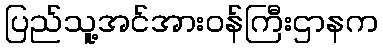
ပြည်သူ့အင်အားဝန်ကြီးဌာနက